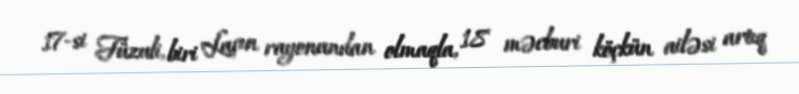
17-si Füzuli, biri Laçın rayonundan olmaqla, 18 məcburi köçkün ailəsi artıq